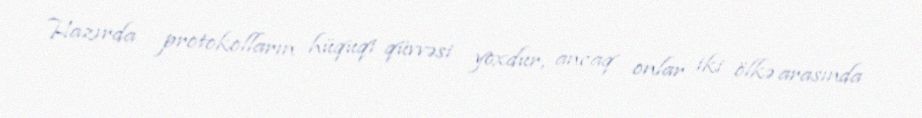
Hazırda protokolların hüquqi qüvvəsi yoxdur, ancaq onlar iki ölkə arasında